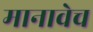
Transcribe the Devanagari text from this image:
मानावेच